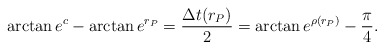
\begin{align*}\arctan e^c - \arctan e^{r_P} =\frac{\Delta t(r_P)}{2} = \arctan e^{\rho(r_P)} - \frac{\pi}{4}.\end{align*}